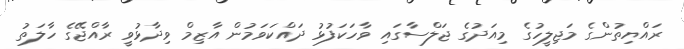
ރައްޔިތުންގެ މަޖިލީހުގެ މިއަދުގެ ޖަލްސާގައި ވާހަކަފުޅު ދައްކަވަމުން އާޒިމް ވިދާޅުވީ ރާއްޖޭގެ ހާލަތު